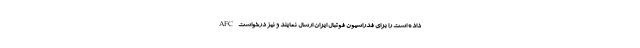
AFC داده است را برای فدراسیون فوتبال ایران ارسال نمایند و نیز درخواست